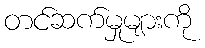
တင်ဆက်မှုများကို